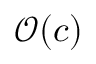
\mathcal { O } ( c )